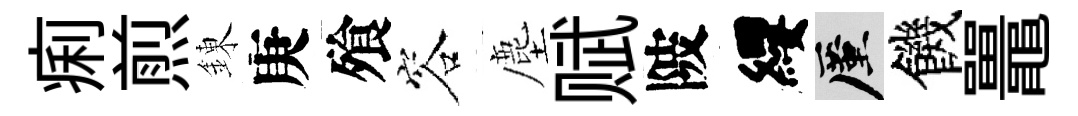
痢煎錬庚飱容塵赋陂纓厪饑鼉